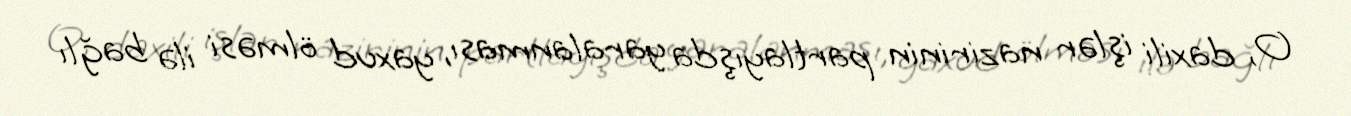
O, daxili işlər nazirinin partlayışda yaralanması, yaxud ölməsi ilə bağlı